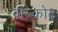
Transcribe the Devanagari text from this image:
वॉल्कोट